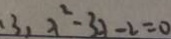
3 \lambda ^ { 2 } - 3 \lambda - 2 = 0